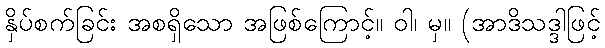
နှိပ်စက်ခြင်း အစရှိသော အဖြစ်ကြောင့်။ ဝါ၊ မှ။ (အာဒိသဒ္ဒါဖြင့်